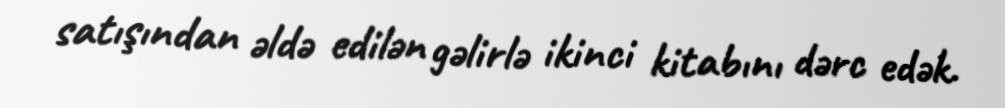
satışından əldə edilən gəlirlə ikinci kitabını dərc edək.